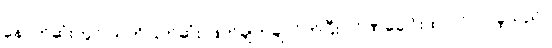
နောက်ဆုံးတွင် ယတိပြတ်ဆုံး ဖြတ်ချက်ချလိုက်ပြီး လိုဏ်ခေါင်းထဲ ဝင်လာခဲ့သည်။